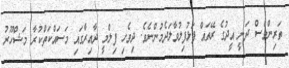
ތަރިންވެސް ދަނީ އީދުގެ ރޭތައް ފަޅުފިލުވާލަދެމުންނެވެ. ދިވެހި ފިލްމީ ދާއިރާގައި މަަސައްކަތްކުރާ މަޝްހޫރު